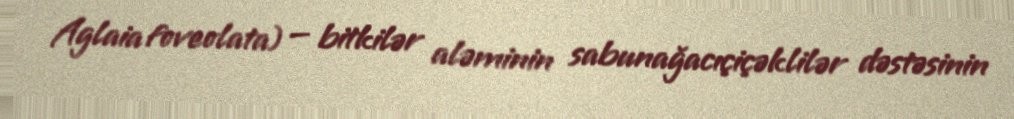
Aglaia foveolata) — bitkilər aləminin sabunağacıçiçəklilər dəstəsinin